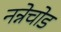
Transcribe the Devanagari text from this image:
नन्नेचोड